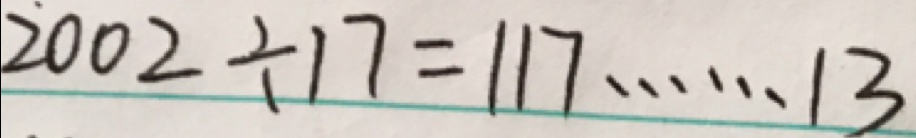
2 0 0 2 \div 1 7 = 1 1 7 \cdots 1 3